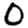
Digit: 0